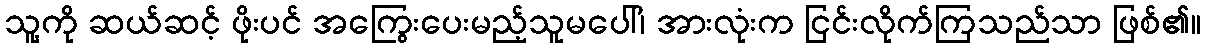
သူ့ကို ဆယ်ဆင့် ဖိုးပင် အကြွေးပေးမည့်သူမပေါ်၊ အားလုံးက ငြင်းလိုက်ကြသည်သာ ဖြစ်၏။